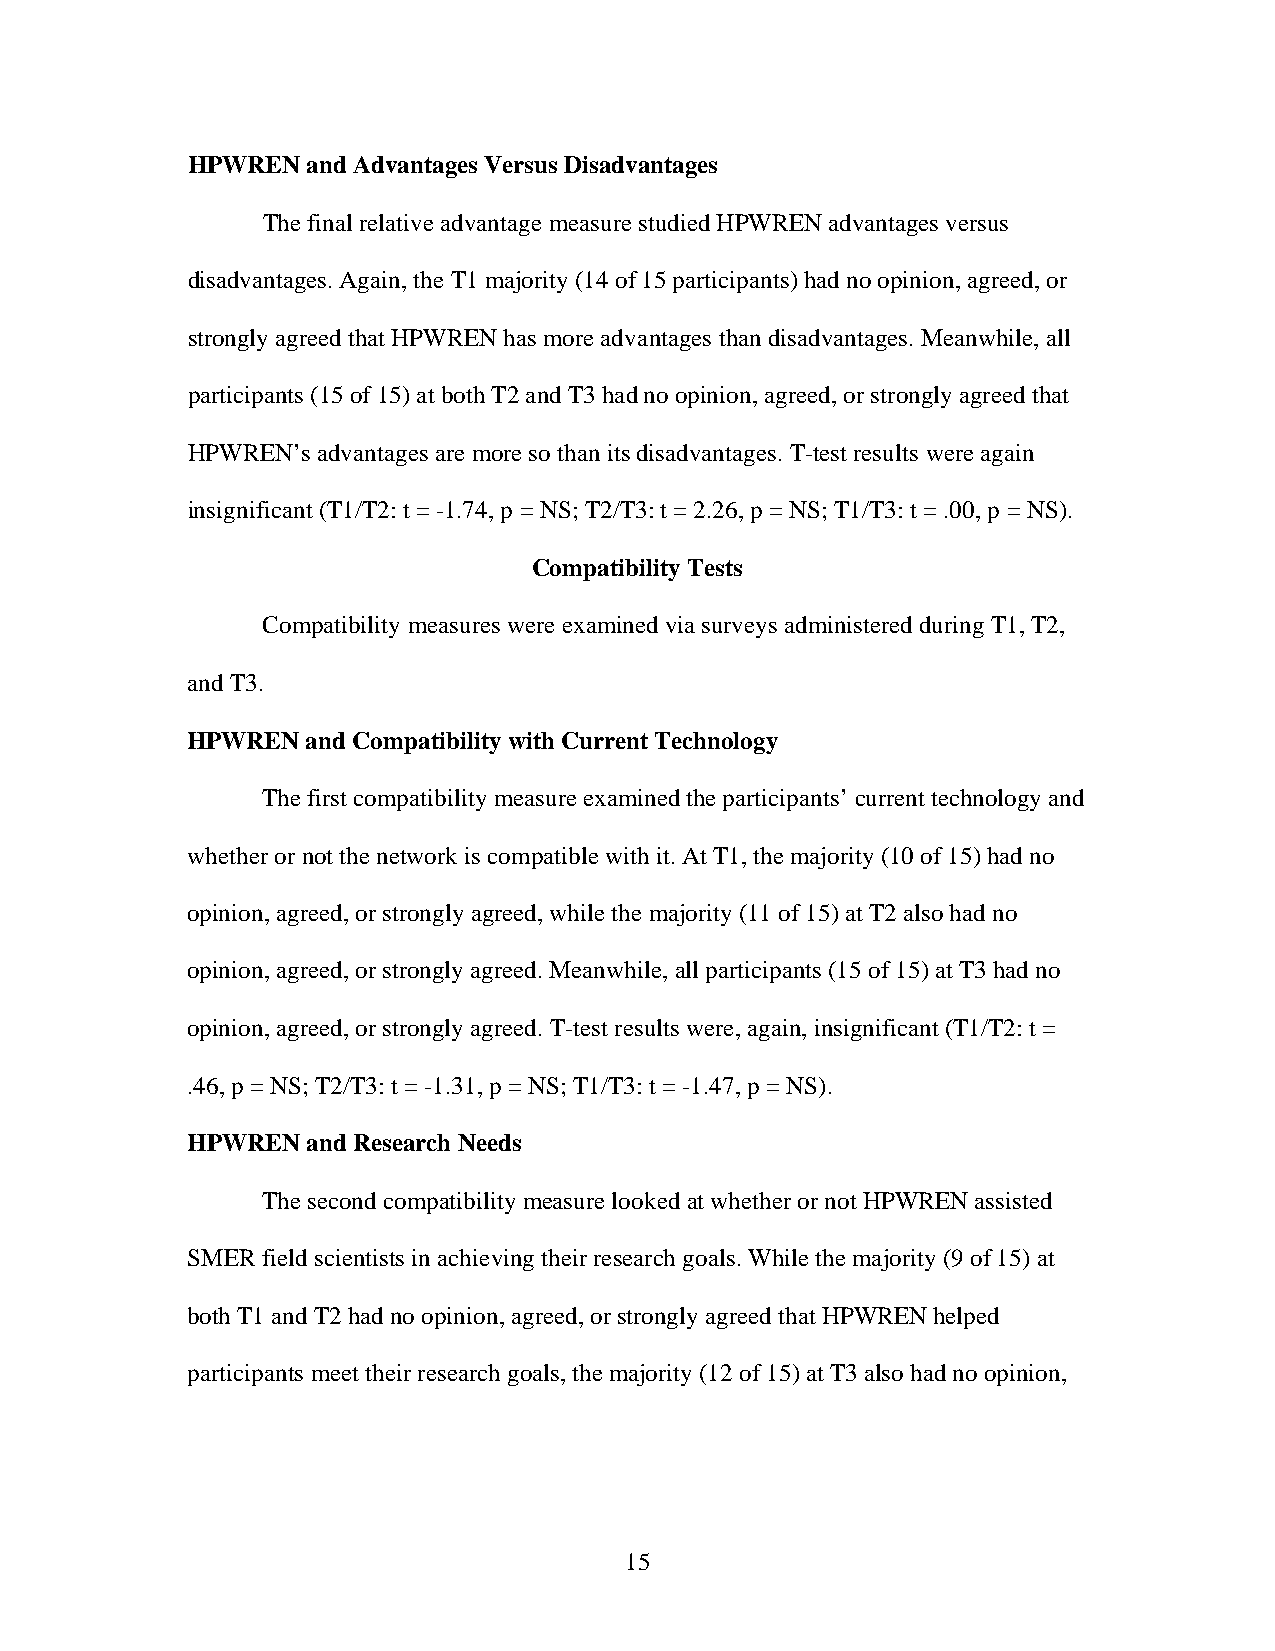
HPWREN  and Advantages Versus Disadvantages
 The final relative advantage measure studied HPWREN advantages versus
 disadvantages. Again, the T1 majority (14 of 15 participants) had no opinion, agreed, or
 strongly agreed that HPWREN has more advantages than disadvantages. Meanwhile, all
 participants (15 of 15) at both T2 and T3 had no opinion, agreed, or strongly agreed that
 HPWREN’s advantages are more so than its disadvantages. T-test results were again
 insignificant (T1/T2: t = -1.74, p = NS; T2/T3: t = 2.26, p = NS; T1/T3: t = .00, p = NS).
 Compatibility Tests
 Compatibility measures were examined via surveys administered during T1, T2,
 and T3.
 HPWREN  and Compatibility with Current Technology
 The first compatibility measure examined the participants’ current technology and
 whether or not the network is compatible with it. At T1, the majority (10 of 15) had no
 opinion, agreed, or strongly agreed, while the majority (11 of 15) at T2 also had no
 opinion, agreed, or strongly agreed. Meanwhile, all participants (15 of 15) at T3 had no
 opinion, agreed, or strongly agreed. T-test results were, again, insignificant (T1/T2: t =
 .46, p = NS; T2/T3: t = -1.31, p = NS; T1/T3: t = -1.47, p = NS).
 HPWREN  and Research Needs
 The second compatibility measure looked at whether or not HPWREN assisted
 SMER field scientists in achieving their research goals. While the majority (9 of 15) at
 both T1 and T2 had no opinion, agreed, or strongly agreed that HPWREN helped
 participants meet their research goals, the majority (12 of 15) at T3 also had no opinion,
 15